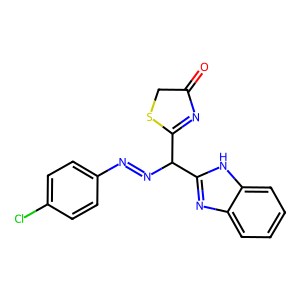
SMILES: O=C1CSC(C(N=Nc2ccc(Cl)cc2)c2nc3ccccc3[nH]2)=N1
Inhibits HIV replication: No